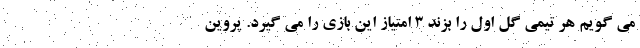
می گویم هر تیمی گل اول را بزند 3 امتیاز این بازی را می گیرد. پروین